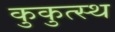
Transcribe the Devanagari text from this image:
कुकुत्स्थ